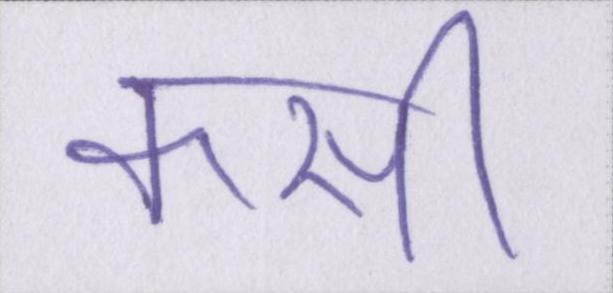
कसी